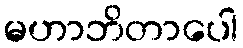
မဟာဘိတာပေါ